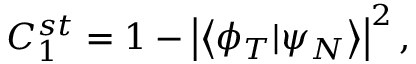
C _ { 1 } ^ { s t } = 1 - \left| \left\langle \phi _ { T } | \psi _ { N } \right\rangle \right| ^ { 2 } ,